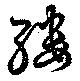
縷